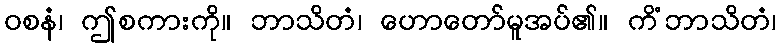
ဝစနံ၊ ဤစကားကို။ ဘာသိတံ၊ ဟောတော်မူအပ်၏။ ကိံဘာသိတံ၊